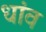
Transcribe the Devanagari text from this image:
धांव